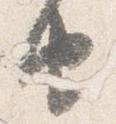
由